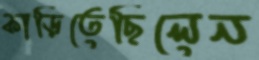
কাড়িতেছিলেন